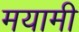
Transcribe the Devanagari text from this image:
मयामी